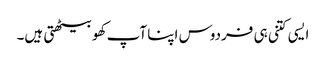
ایسی کتنی ہی فردوس اپنا آپ کھو بیٹھتی ہیں۔